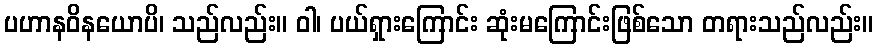
ပဟာနဝိနယောပိ၊ သည်လည်း။ ဝါ၊ ပယ်ရှားကြောင်း ဆုံးမကြောင်းဖြစ်သော တရားသည်လည်း။